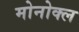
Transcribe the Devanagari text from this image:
मोनोक्ल